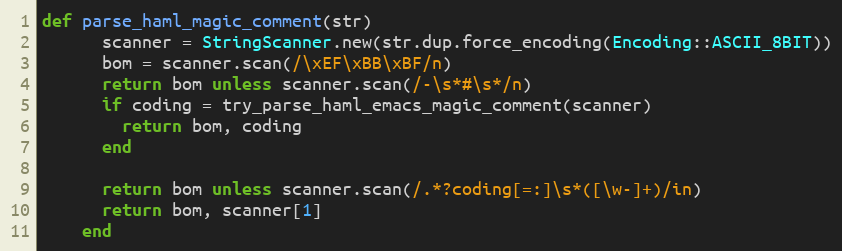
Language: Ruby
def parse_haml_magic_comment(str)
      scanner = StringScanner.new(str.dup.force_encoding(Encoding::ASCII_8BIT))
      bom = scanner.scan(/\xEF\xBB\xBF/n)
      return bom unless scanner.scan(/-\s*#\s*/n)
      if coding = try_parse_haml_emacs_magic_comment(scanner)
        return bom, coding
      end

      return bom unless scanner.scan(/.*?coding[=:]\s*([\w-]+)/in)
      return bom, scanner[1]
    end